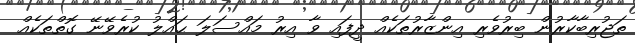
ތަޖުރިބާކާރުން ބިރުވެރި އިންޒާރުތަކެއް ދީފައި ވާ އިރު މައްސަލަ ޙައްލު ކުރެވޭނޭ ގޮތްތަކެއް